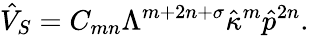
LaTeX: \hat{V}_{S}=C_{mn}\Lambda^{m+2n+\sigma}\hat{\kappa}^{m}\hat{p}^{2n}.